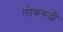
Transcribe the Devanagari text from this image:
लोकरूढी